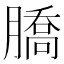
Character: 𦠚